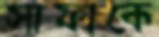
সাফাকে